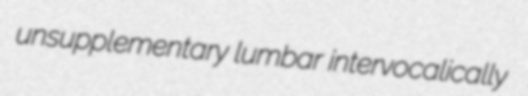
unsupplementary lumbar intervocalically